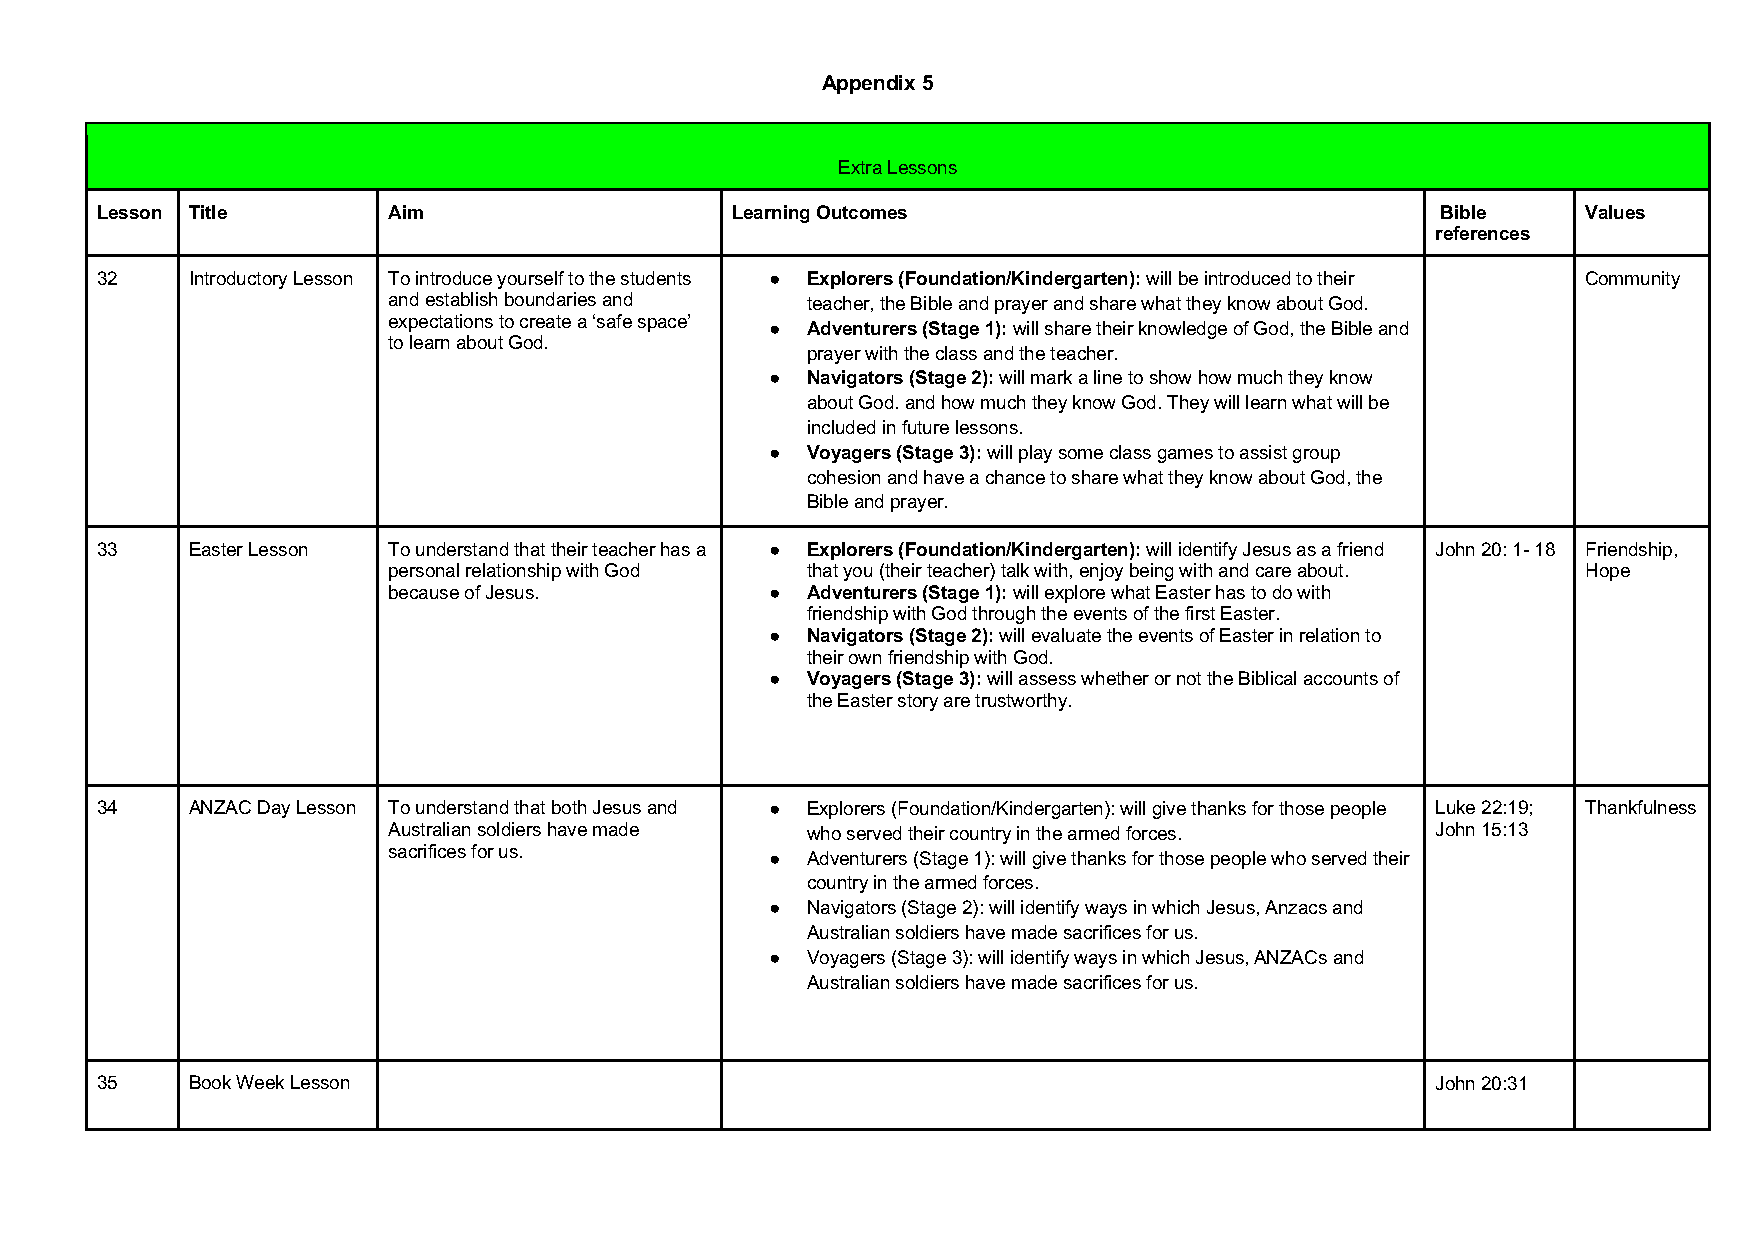
Appendix 5
 Extra Lessons
 Lesson Title        Aim                   Learning Outcomes                              Bible     Values
 references
 32    Introductory Lesson To introduce yourself to the students ● Explorers (Foundation/Kindergarten): will be introduced to their Community
 and establish boundaries and teacher, the Bible and prayer and share what they know about God.
 expectations to create a ‘safe space’
 ● Adventurers (Stage 1): will share their knowledge of God, the Bible and
 to learn about God.
 prayer with the class and the teacher.
 ● Navigators (Stage 2): will mark a line to show how much they know
 about God. and how much they know God. They will learn what will be
 included in future lessons.
 ● Voyagers (Stage 3): will play some class games to assist group
 cohesion and have a chance to share what they know about God, the
 Bible and prayer.
 33    Easter Lesson To understand that their teacher has a ● Explorers (Foundation/Kindergarten): will identify Jesus as a friend John 20: 1- 18 Friendship,
 personal relationship with God that you (their teacher) talk with, enjoy being with and care about. Hope
 because of Jesus.        ● Adventurers (Stage 1): will explore what Easter has to do with
 friendship with God through the events of the first Easter.
 ● Navigators (Stage 2): will evaluate the events of Easter in relation to
 their own friendship with God.
 ● Voyagers (Stage 3): will assess whether or not the Biblical accounts of
 the Easter story are trustworthy.
 34    ANZAC Day Lesson To understand that both Jesus and ● Explorers (Foundation/Kindergarten): will give thanks for those people Luke 22:19; Thankfulness
 Australian soldiers have made who served their country in the armed forces. John 15:13
 sacrifices for us.
 ● Adventurers (Stage 1): will give thanks for those people who served their
 country in the armed forces.
 ● Navigators (Stage 2): will identify ways in which Jesus, Anzacs and
 Australian soldiers have made sacrifices for us.
 ● Voyagers (Stage 3): will identify ways in which Jesus, ANZACs and
 Australian soldiers have made sacrifices for us.
 35    Book Week Lesson                                                                   John 20:31